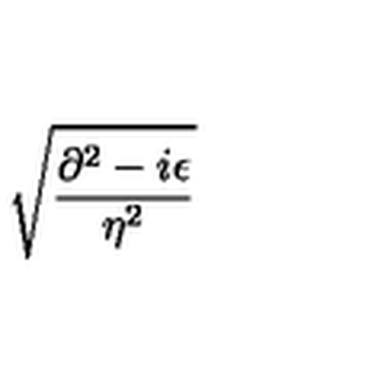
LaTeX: \sqrt { \frac { \partial ^ { 2 } - i \epsilon } { \eta ^ { 2 } } }